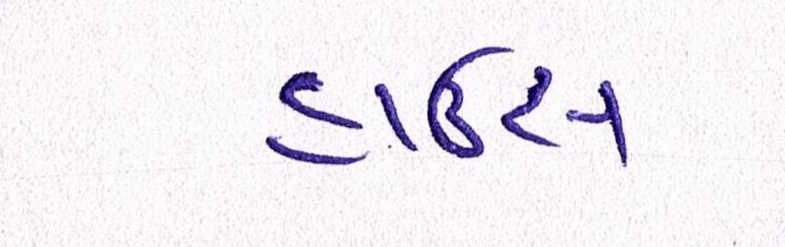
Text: હાઉસ